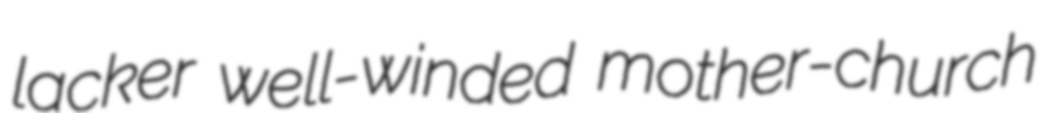
lacker well-winded mother-church